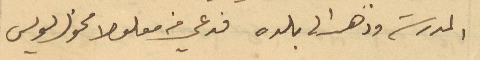
المدرسة وذهب الى بلده فدعي في معلولا مخول بولس